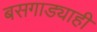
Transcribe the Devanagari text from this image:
बसगाड्याही